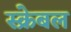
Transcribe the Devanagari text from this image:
स्क्रेबल